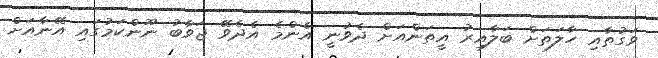
ވަގުތާއި ހާލަތަށް ބަލާއިރު އީތަންއަށް ދެވުނީ އެންމެ އެދެވޭ ޖަވާބު ނޫންކަމުގައި އޭނާއަށް